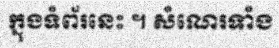
ក្នុងទំព័រនេះ ។ សំណេរទាំង